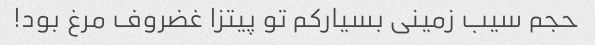
حجم سیب زمینی بسیار‌کم تو پیتزا غضروف مرغ بود!